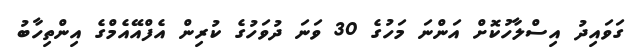
ގަވައިދު އިސްލާހުކޮށް އަންނަ މަހުގެ 30 ވަނަ ދުވަހުގެ ކުރިން އެފްއޭއެމްގެ އިންތިހާބު